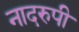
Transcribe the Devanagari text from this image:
नादरुपी